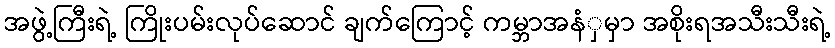
အဖွဲ့ကြီးရဲ့ ကြိုးပမ်းလုပ်ဆောင် ချက်ကြောင့် ကမ္ဘာအနံှမှာ အစိုးရအသီးသီးရဲ့